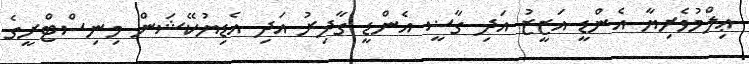
ޢިލްމުވެރިޔާ އެންޑީ އަޒީޒު އަދި ގާޟީ އެންޑީ ގާދިރު އަދި އެޑިޔުކޭޝަން މިނިސްޓްރީގެ